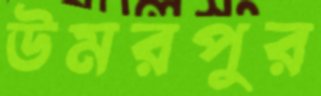
উমরপুর